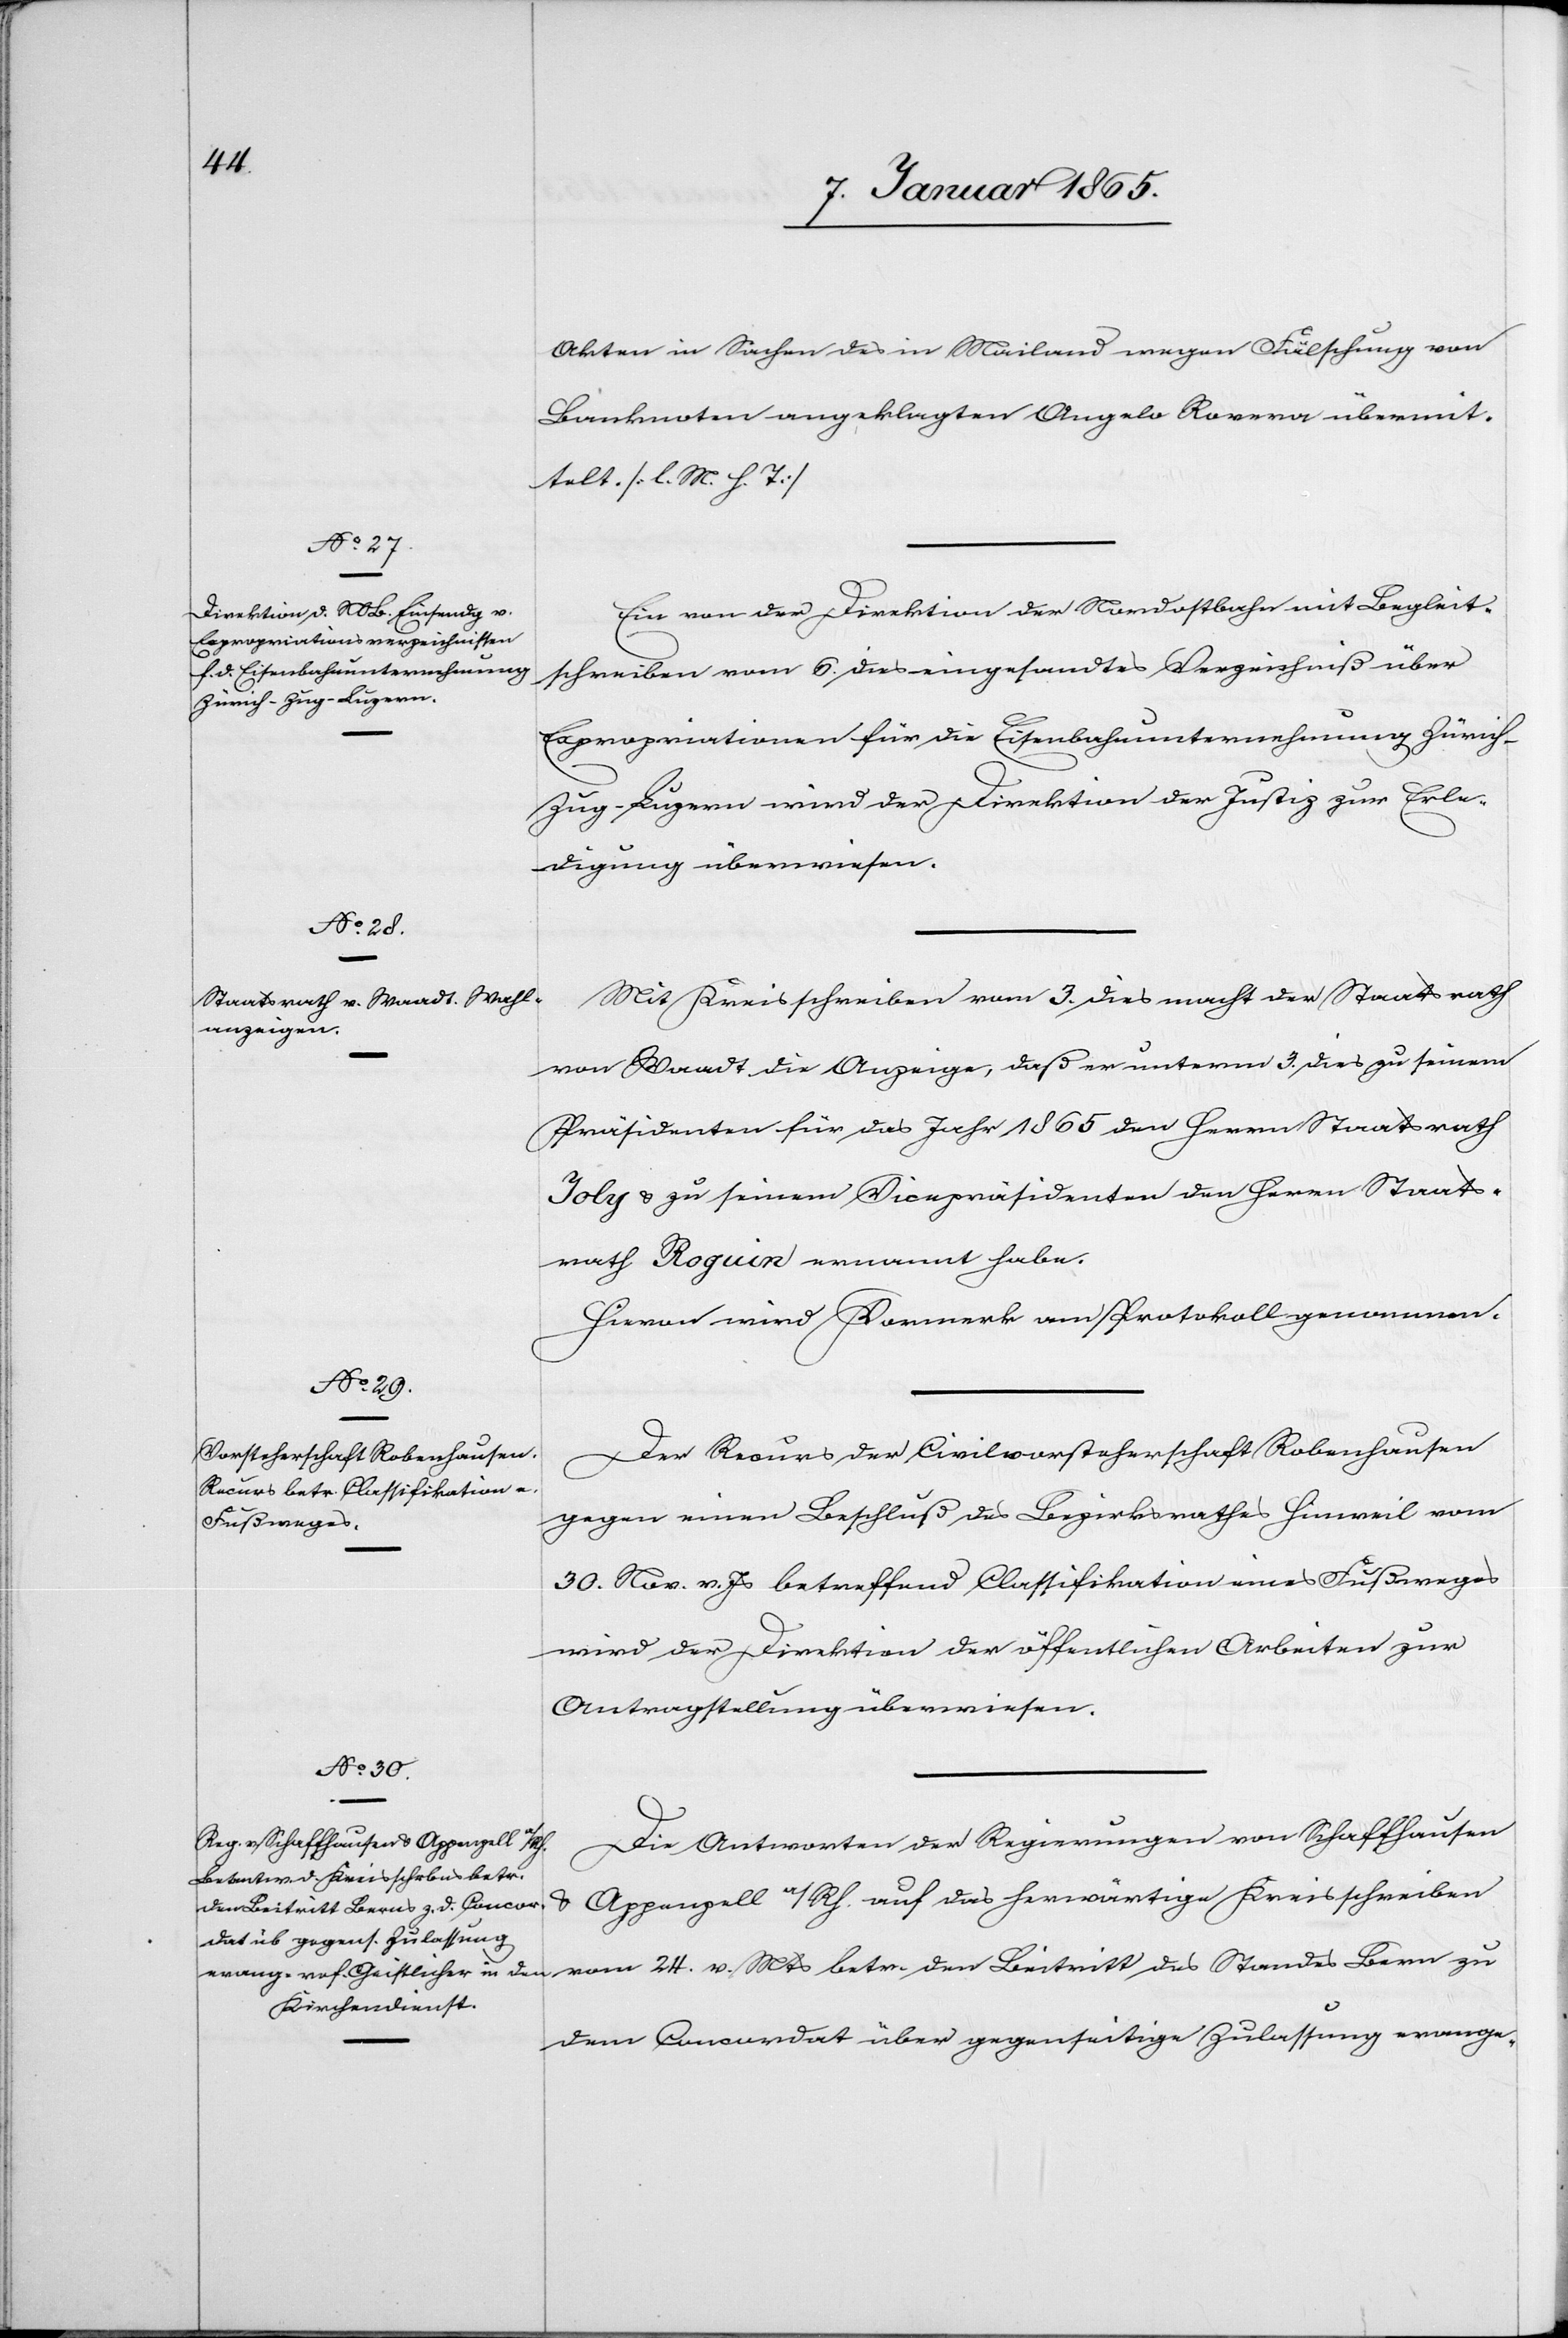
24.
9. Januar 1865.]
Akten in Sachen des in Mailand wegen Fälschung von
Banknoten angeklagten Angelo Rovera übermit¬
telt. [l. M. h. T]
Ein von der Direktion der Nordostbahn mit Begleit¬
schreiben vom 6. dies eingesandtes Verzeichniß über
Expropriationen für die Eisenbahnunternehmung Zürich-Z¬
ug-Luzern wird der Direktion der Justiz zur Erle¬
digung überwiesen.
Mit Kreisschreiben vom 3. dies macht der Staatsrath
von Waadt die Anzeige, daß er unterm 3. dies zu seinem
Präsidenten für das Jahr 1865 den Herrn Staatsrath
Joly u. zu seinem Vicepräsidenten den Herrn Staats¬
rath Roguin ernannt habe.
Hievon wird Vormerk am Protokoll genommen.
Der Recurs der Civilvorsteherschaft Robenhausen
gegen einen Beschluß des Bezirksrathes Hinweil vom
30. Nov. v. Js betreffend Classifikation eines Fußweges
wird der Direktion der öffentlichen Arbeiten zur
Antragstellung überwiesen.
Die Antworten der Regierungen von Schaffhausen
u. Appenzell a/Rh. auf das herwärtige Kreisschreiben
dem Concordat über gegenseitige Zulassung evange-